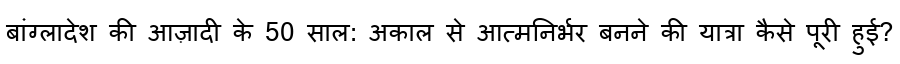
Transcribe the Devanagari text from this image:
बांग्लादेश की आज़ादी के 50 साल: अकाल से आत्मनिर्भर बनने की यात्रा कैसे पूरी हुई?